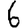
Digit: 6